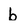
Character: b